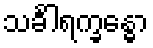
သင်္ခါရက္ခန္ဓော